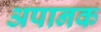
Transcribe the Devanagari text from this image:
अपानक